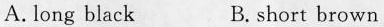
A. long black B. Short brown